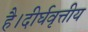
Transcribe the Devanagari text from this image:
है।दीर्घवृत्तीय